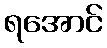
ရအောင်